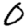
Digit: 0